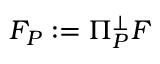
F _ { P } : = \Pi _ { P } ^ { \perp } F